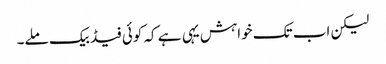
لیکن اب تک خواہش یہی ہے کہ کوئی فیڈ بیک ملے۔